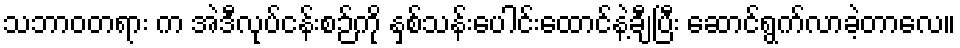
သဘာဝတရား က အဲဒီလုပ်ငန်းစဉ်ကို နှစ်သန်းပေါင်းထောင်နဲ့ချီပြီး ဆောင်ရွက်လာခဲ့တာလေ။